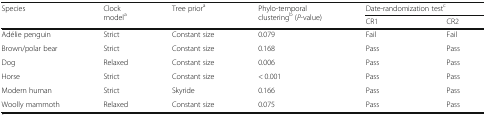
<table><thead><tr><td rowspan="2"><b>Species</b></td><td rowspan="2"><b>Clock model<sup>a</sup></b></td><td rowspan="2"><b>Tree prior<sup>a</sup></b></td><td rowspan="2"><b>Phylo-temporal clustering<sup>b</sup> (<i>P</i>-value)</b></td><td colspan="2"><b>Date-randomization test<sup>c</sup></b></td></tr><tr><td><b>CR1</b></td><td><b>CR2</b></td></tr></thead><tbody><tr><td>Adélie penguin</td><td>Strict</td><td>Constant size</td><td>0.079</td><td>Fail</td><td>Fail</td></tr><tr><td>Brown/polar bear</td><td>Strict</td><td>Constant size</td><td>0.168</td><td>Pass</td><td>Pass</td></tr><tr><td>Dog</td><td>Relaxed</td><td>Constant size</td><td>0.006</td><td>Pass</td><td>Pass</td></tr><tr><td>Horse</td><td>Strict</td><td>Constant size</td><td>&lt; 0.001</td><td>Pass</td><td>Pass</td></tr><tr><td>Modern human</td><td>Strict</td><td>Skyride</td><td>0.166</td><td>Pass</td><td>Pass</td></tr><tr><td>Woolly mammoth</td><td>Relaxed</td><td>Constant size</td><td>0.075</td><td>Pass</td><td>Pass</td></tr></tbody></table>